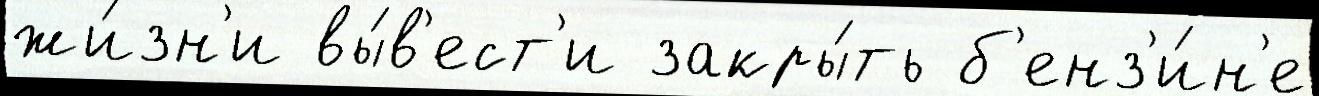
жи́зн'и вы́в'ест'и закры́ть б'енз'и́н'е